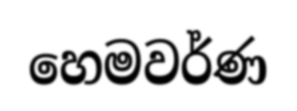
හෙමවර්ණ